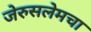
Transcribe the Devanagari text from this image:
जेरुसलेमचा